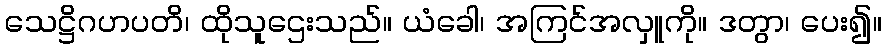
သေဋ္ဌိဂဟပတိ၊ ထိုသူဌေးသည်။ ယံခေါ၊ အကြင်အလှူကို။ ဒတွာ၊ ပေး၍။